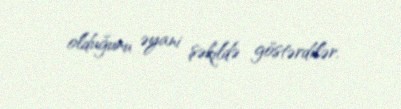
olduğunu əyani şəkildə göstərdilər.